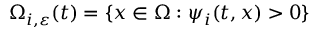
\Omega _ { i , \varepsilon } ( t ) = \{ { x } \in \Omega : \psi _ { i } ( t , { x } ) > 0 \}